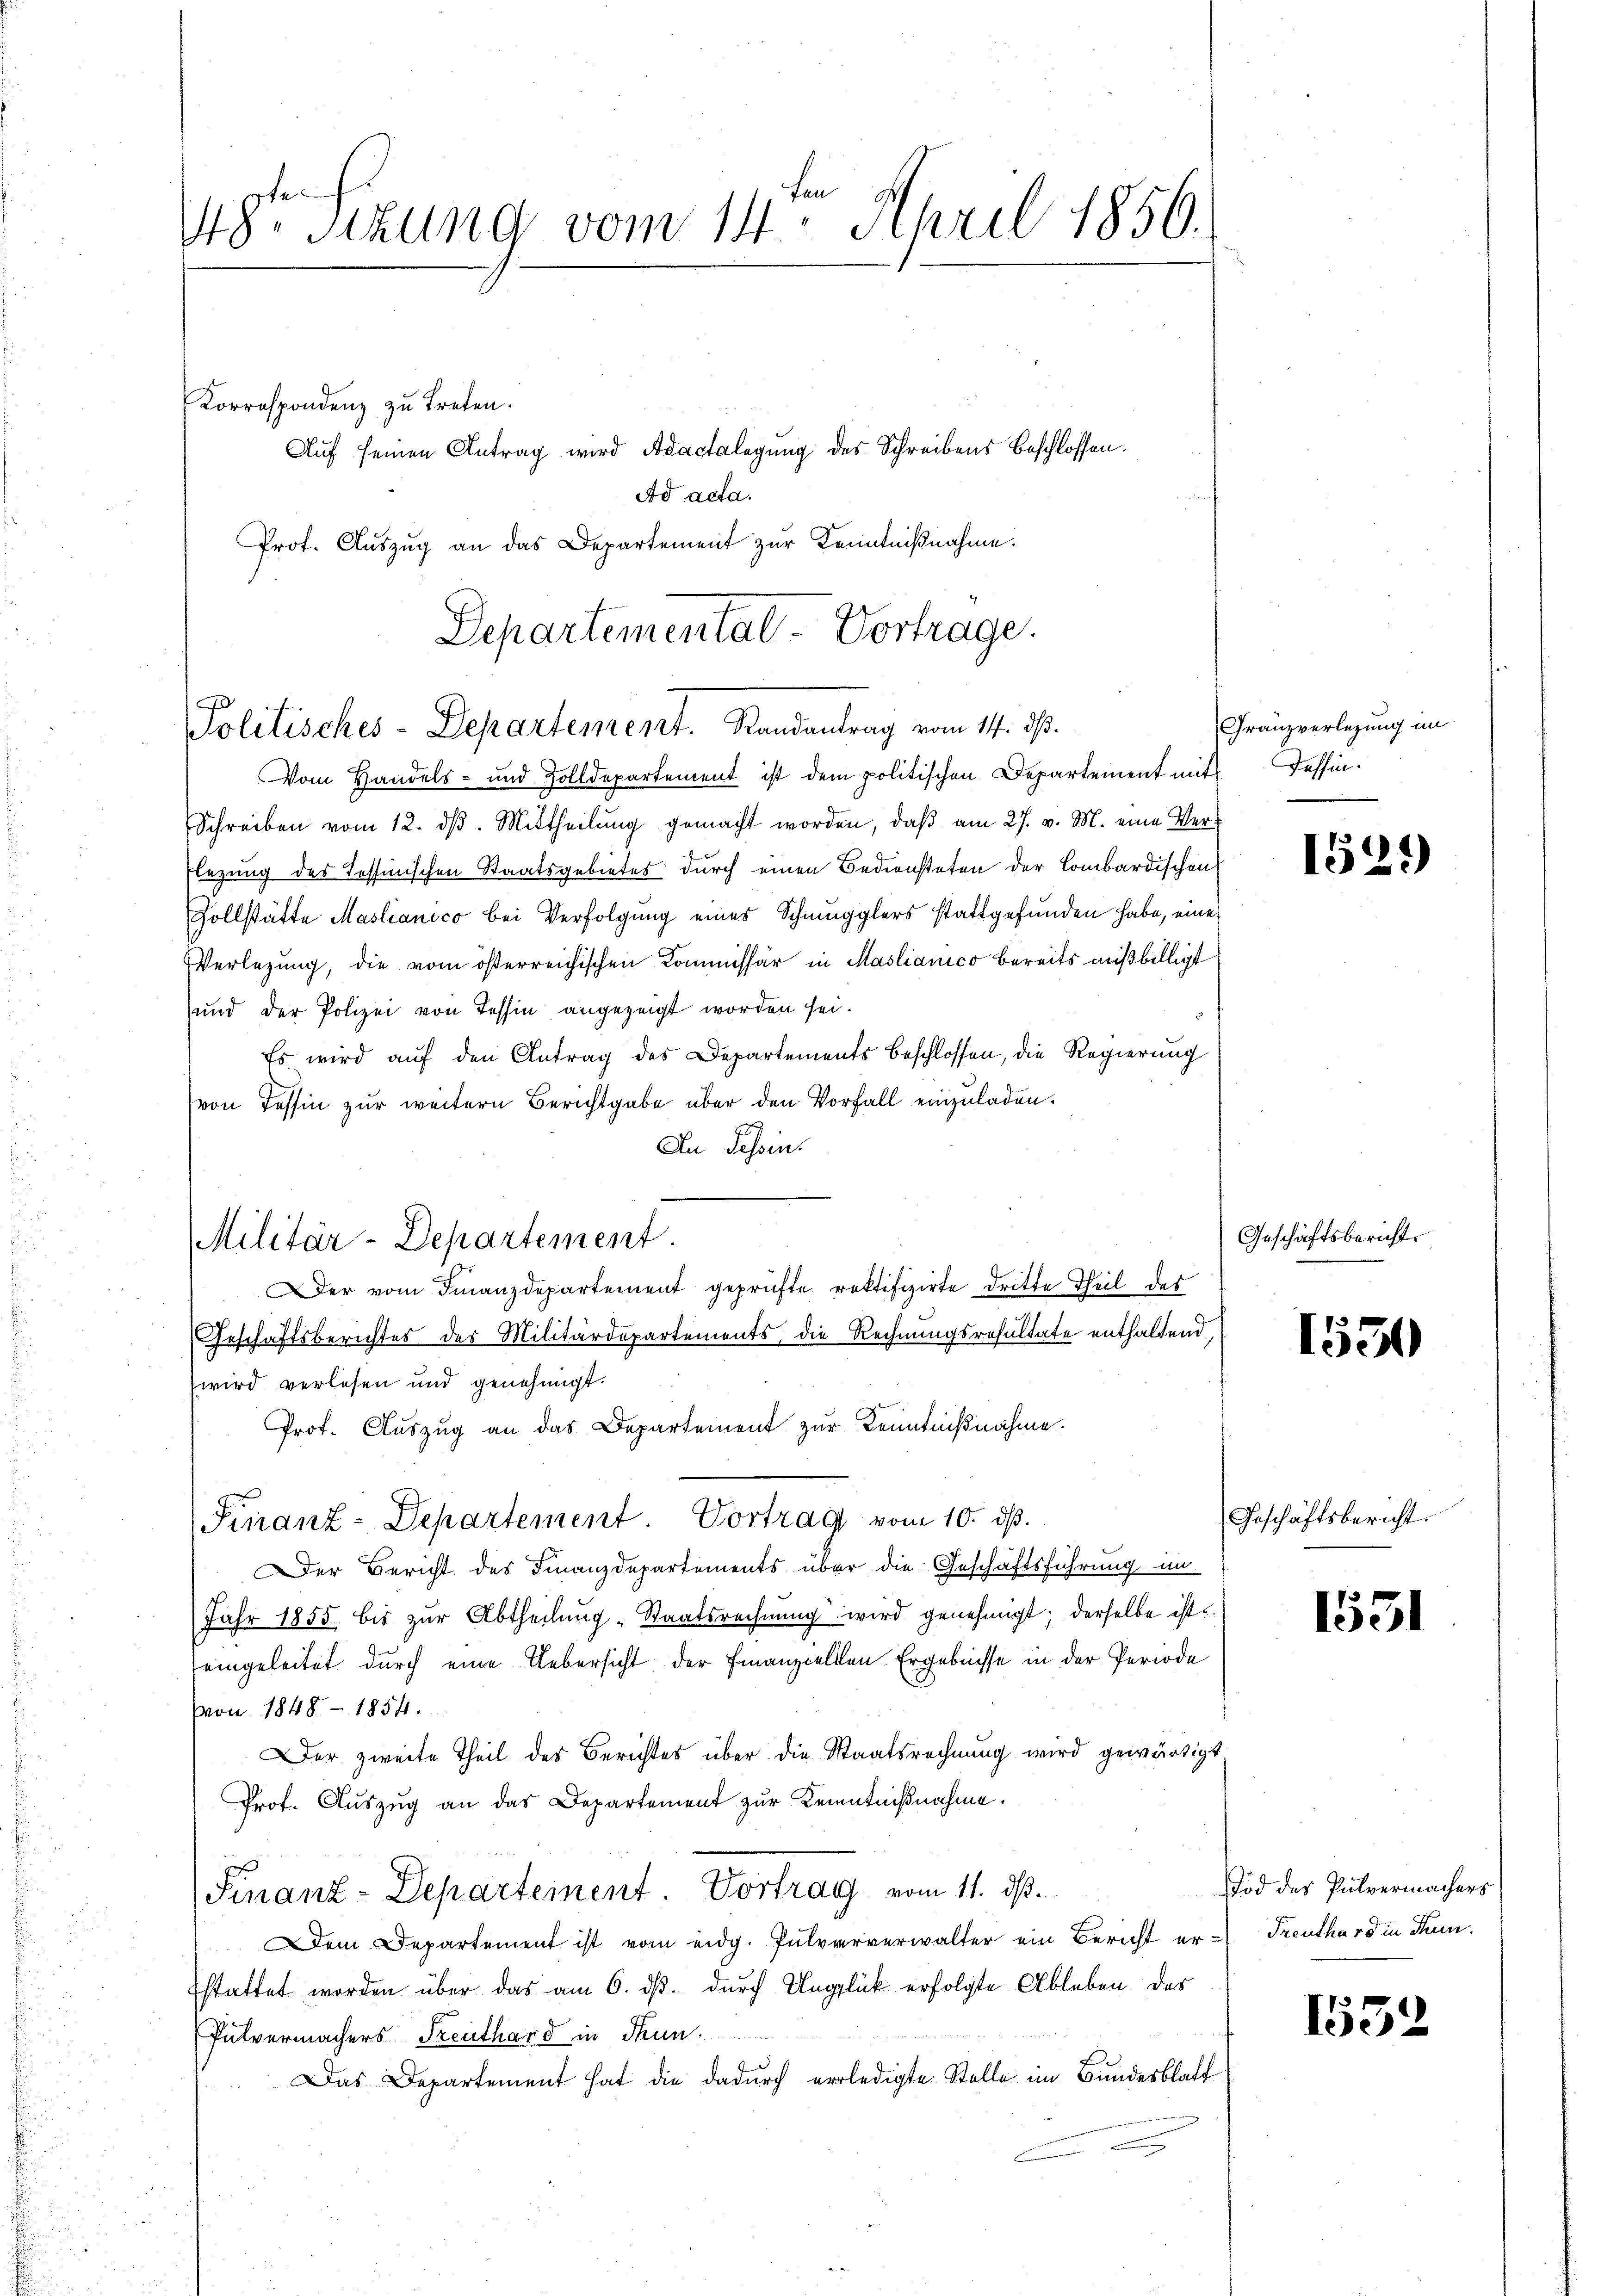
48. Sitzung vom 14. April 1856.

Korrespondenz zu treten.
Ad acta.
Prof. Auszug an das Departement zur Kenntnißnahme.

Departemental-Vortrage.
Politisches - Departement. Randantrag vom 14. ds.

Militär-Departement.

Vom Handels- und Zolldepartement ist dem politischen Departement mit
Schreiben vom 12. d. Mittheilung gemacht worden, daß am 27. v. M. eine Ver¬
Flezung des Tessinischen Staatsgebietes durch einen Bediensteten der Lombardischen
Zollstätte Maslianico bei Verfolgung eines Schmugglers stattgefunden habe, eine
Verlegung, die vom österreichischen Kommissär in Maslianico bereits mißbilligt
und der Polizei von Tessin angezeigt worden sei.
Es wird auf den Antrag des Departements beschlossen, die Regierung
von Tessin zur weitern Berichtgabe über den Vorfall einzuladen.
An Tessin.
Geschäftsberichtes des Militärdepartements, die Rechnungsresultate enthaltend
wird verlesen und genehmigt.
Prof. Auszug an das Departement zur Kenntnißnahme.
Finanz-Departement. Vortrag vom 10. ds.
Der Bericht des Finanzdepartements über die Geschäftsführung in
Jahr 1855 bis zŭr Abtheilung „Staatsrechnŭng wird genehmigt; derselbe ist
eingeleitet durch eine Uebersicht der Finanzcellen Ergebnisse in der Periode
Von 1848 - 1854.
Der zweite Theil des Berichtes über die Staatsrechnung wird gewärtigt.
Prof. Auszug an das Departement zur Kenntnißnahme.
Finanz-Departement. Vortrag vom 11. dß.
Dem Departement ist vom eidg. Pulververwalter ein Bericht er-Treuthard in Thun.
stattet worden über das am 6. ds. durch Unglück erfolgte Ableben des
Pulvermachers Freuthard in Thun.
Das Departement hat die dadurch erledigte Stelle im Bundesblatt

Auf seinen Antrag wird Adaclalegung des Schreibens beschlossen.

er vom Finanzdepartement geprüfte rektifizirte dritte Theil des

Granzverlegung im
Dassen.

1529

Geschäftsbericht.

1530

Geschäftsbericht.

1531

Tod des Pulvermachers

1552